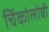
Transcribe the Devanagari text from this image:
चिंकोलोबी